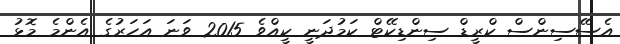
އެސޭސިންސް ކްރީޑް ސިންޑިކޭޓް ކަމުދަނީ ކީއްވެ 2015 ވަނަ އަހަރުގެ އެންމެ މޮޅު